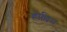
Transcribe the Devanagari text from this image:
होल्लिस